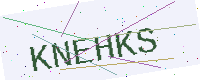
Text: KNEHKS